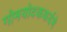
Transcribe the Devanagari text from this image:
गोमयोदककर्दमे